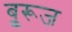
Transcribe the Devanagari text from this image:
बुूरूज